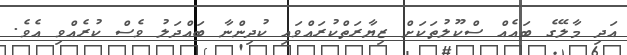
އަދި މާލޭގެ ބައެއް ސްކޫލުތަކަށް ޒިޔާރަތްކުރައްވައި ކުދިންނާ ބައްދަލު ވެސް ކުރެއްވި އެވެ.